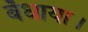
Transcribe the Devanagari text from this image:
बँधाया।